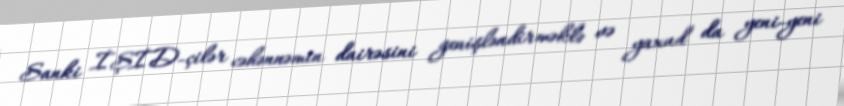
Sanki İŞİD-çilər cəhənnəmin dairəsini genişləndirməklə və yaxud da yeni-yeni